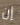
إن